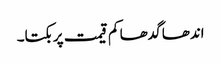
اندھا گدھا کم قیمت پر بکتا۔